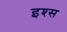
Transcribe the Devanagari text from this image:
इश्स